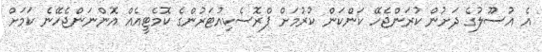
އެ އުސޫލުގެ ދަށުން ކުރަންޖެހޭ ކަންކަން ކުރުމަށް ޕްރޮސެކިއުޓަރުންގެ ކޮމެޓީއެއް އޮންނަންޖެހޭނެ ކަމަށް